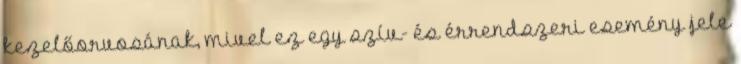
kezelőorvosának, mivel ez egy szív- és érrendszeri esemény jele